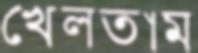
খেলতাম